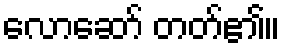
လောဆော် တတ်၏။